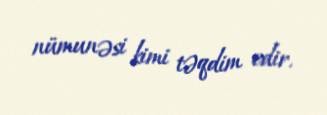
nümunəsi kimi təqdim edir.